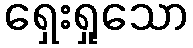
ရှေးရှုသော